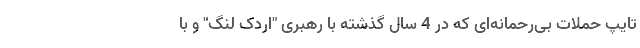
تایپ حملات بی‌رحمانه‌ای که در 4 سال گذشته با رهبری "اردک لنگ" و با